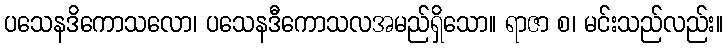
ပသေနဒိကောသလော၊ ပသေနဒီကောသလအမည်ရှိသော။ ရာဇာ စ၊ မင်းသည်လည်း။